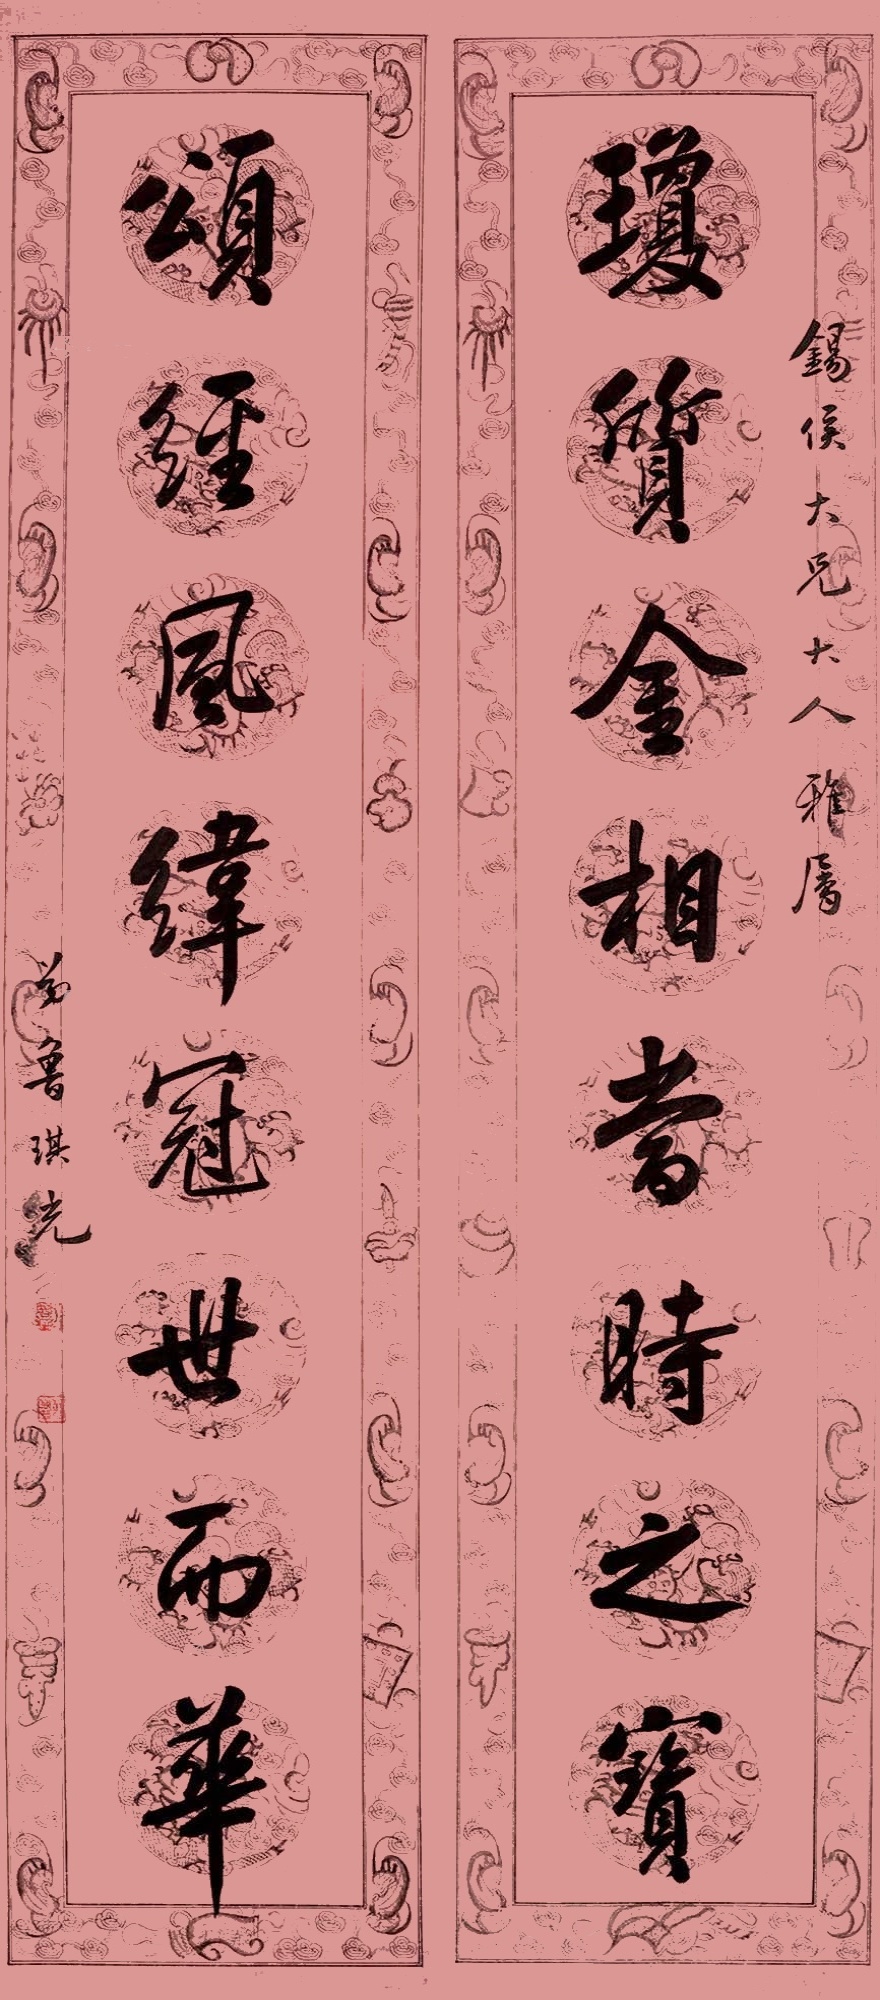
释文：琼质金相当时之宝，颂经凤纬冠世而华。锡侯大兄大人雅属，弟鲁琪光。